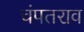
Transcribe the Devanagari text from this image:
चंपतराव